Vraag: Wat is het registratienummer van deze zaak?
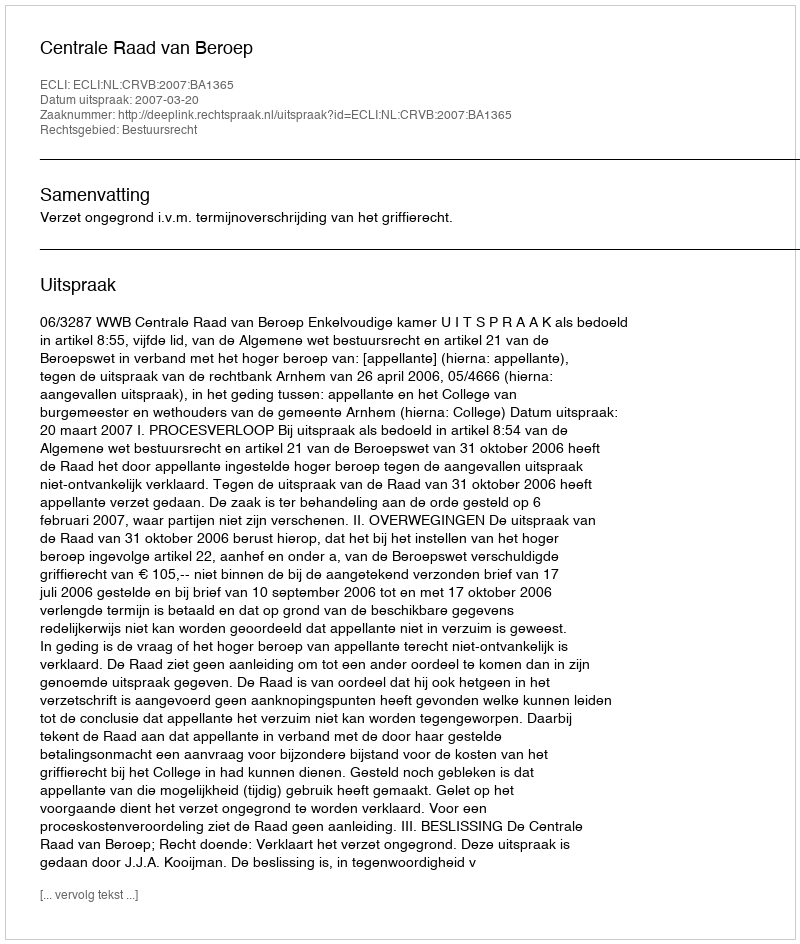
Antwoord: http://deeplink.rechtspraak.nl/uitspraak?id=ECLI:NL:CRVB:2007:BA1365